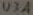
Text: U3A